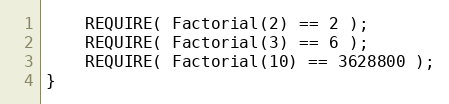
Language: C++
    REQUIRE( Factorial(2) == 2 );
    REQUIRE( Factorial(3) == 6 );
    REQUIRE( Factorial(10) == 3628800 );
}